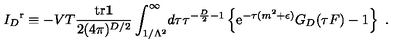
{ I _ { D } } ^ { \mathrm r } \equiv - V T { \frac { { \mathrm { t r } } { \bf 1 } } { 2 ( 4 \pi ) ^ { D / 2 } } } \int _ { 1 / \Lambda ^ { 2 } } ^ { \infty } \! d \tau \tau ^ { - { \frac { D } { 2 } } - 1 } \left\{ { \mathrm e } ^ { - \tau ( m ^ { 2 } + \epsilon ) } G _ { D } ( \tau F ) - 1 \right\} \ .